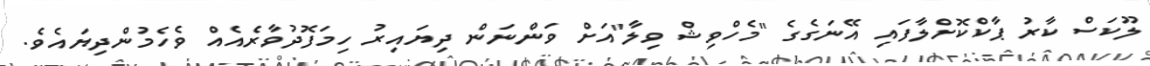
ލޫކަސް ކާރު ޕާކްކޮށްލާފައި އޭނަގެގެ "މެހްވިޝް ވިލާ"އަށް ވަންނަން ދިޔައިރު ހިމަފޮދުވާރެއެއް ވެހެމުންދިޔައެވެ.